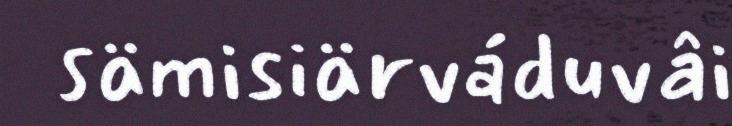
sämisiärváduvâi